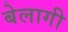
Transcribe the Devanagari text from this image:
बेलागी